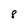
Character: 8